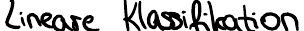
Lineare Klassifikation